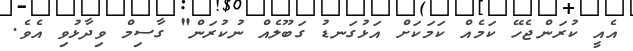
އެއީ ކުރަންޖެހޭ ކަމެއް ކަމަކަށް އަޅުގަނޑު ގަބޫލެއް ނުކުރަން" ގާސިމް ވިދާޅުވި އެވެ.